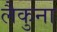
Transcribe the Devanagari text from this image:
लैकुना